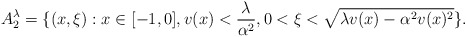
\begin{align*}A_2^{\lambda} = \{ (x,\xi): x\in [-1,0], v(x)< \frac{\lambda}{\alpha^2},0<\xi<\sqrt{\lambda v(x) - \alpha^2 v(x)^2} \}.\end{align*}